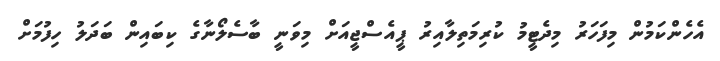
އެހެންކަމުން މިފަހަރު މިދެޓީމު ކުރިމަތިލާއިރު ޕީއެސްޖީއަށް މިވަނީ ބާސެލޯނާގެ ކިބައިން ބަދަލު ހިފުމަށް